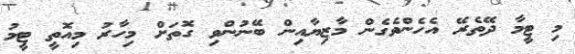
މި ޓީމާ ދޭތެރޭ އެހެންވެގެން މާޒިޔާއިން ބޭނުންވި ގޮތަށް މިހާރު މިއޮތީ ޓީމު